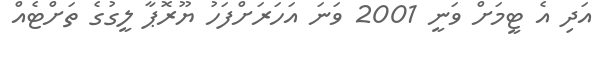
އަދި އެ ޓީމަށް ވަނީ 2001 ވަނަ އަހަރަށްފަހު ޔޫރޮޕާ ލީގުގެ ތަށްޓެއް